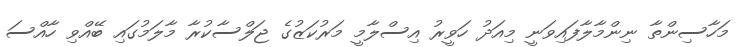
މަހާސިންތާ ނިންމާލާފައިވަނީ މިއަދު ހަވީރު އިސްލާމީ މަރުކަޒުގެ ޖަލްސާކުރާ މާލަމުގައި ބޭއްވި ހާއްސަ